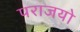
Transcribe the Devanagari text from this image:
पराजयो